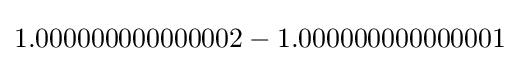
1.000000000000002-1.000000000000001